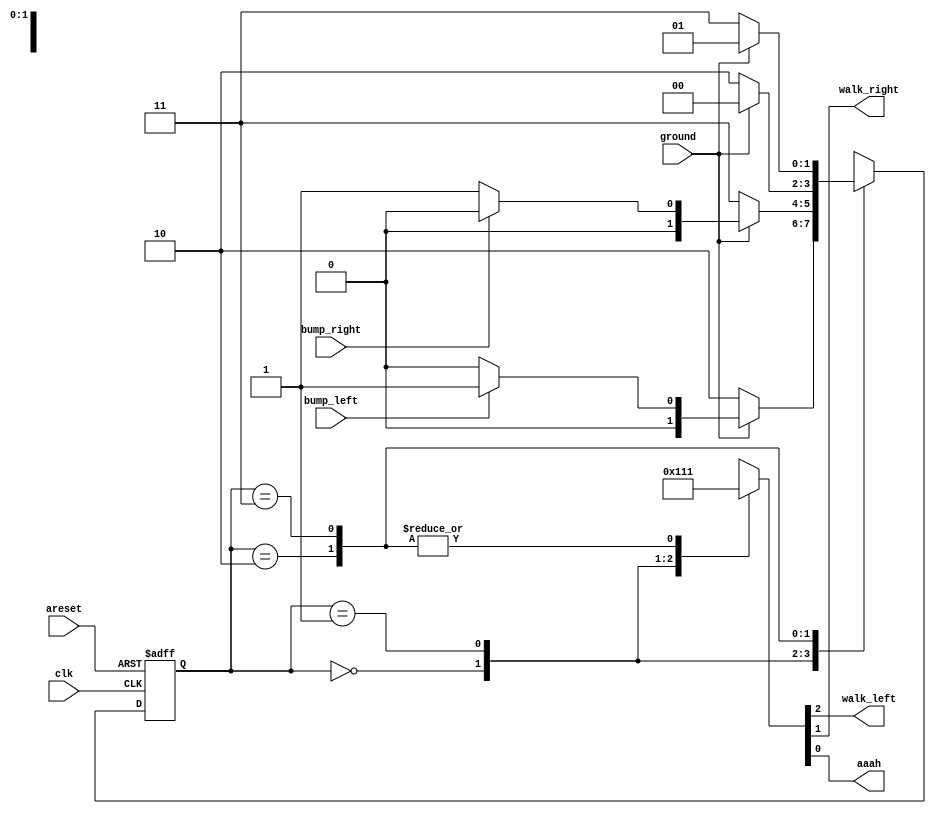
module top_module(
    input clk,
    input areset,    // Freshly brainwashed Lemmings walk left.
    input bump_left,
    input bump_right,
    input ground,
    output walk_left,
    output walk_right,
    output aaah ); 
    
    reg [1 : 0] curr_state;
    reg [1 : 0] next_state;
    
    parameter WL = 2'b00;
    parameter WR = 2'b01;
    parameter FL = 2'b10;
    parameter FR = 2'b11;
    
    always @(*)
    begin
        case(curr_state)
            WL: next_state = ground ? (bump_left  ? WR : WL): FL;
            WR: next_state = ground ? (bump_right ? WL : WR): FR;
            FL: next_state = ground ?  WL : FL;
            FR: next_state = ground ?  WR : FR;
        endcase
    end
    
    always @(posedge clk or posedge areset)
    begin
        if(areset) 
            curr_state <= WL;
        else 
            curr_state <= next_state;
    end
    
    always @(*)
    begin
        case(curr_state)
            WL: {walk_left, walk_right, aaah} = 3'b100;
            WR: {walk_left, walk_right, aaah} = 3'b010;
            FL: {walk_left, walk_right, aaah} = 3'b001;
            FR: {walk_left, walk_right, aaah} = 3'b001;
        endcase
    end

endmodule